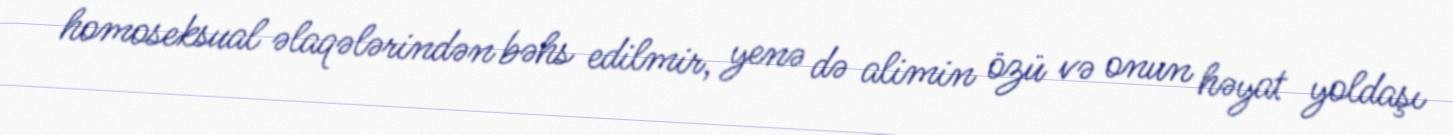
homoseksual əlaqələrindən bəhs edilmir, yenə də alimin özü və onun həyat yoldaşı